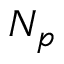
N _ { p }